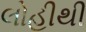
લોહીથી